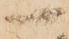
一